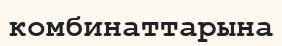
комбинаттарына